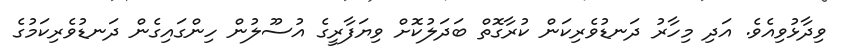
ވިދާޅުވިއެވެ. އަދި މިހާރު ދަނޑުވެރިކަން ކުރާގޮތް ބަދަލުކޮށް ވިޔަފާރީގެ އުސޫލުން ހިންގައިގެން ދަނޑުވެރިކަމުގެ